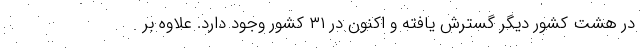
در هشت کشور دیگر گسترش یافته و اکنون در ۳۱ کشور وجود دارد. علاوه بر